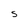
Character: S